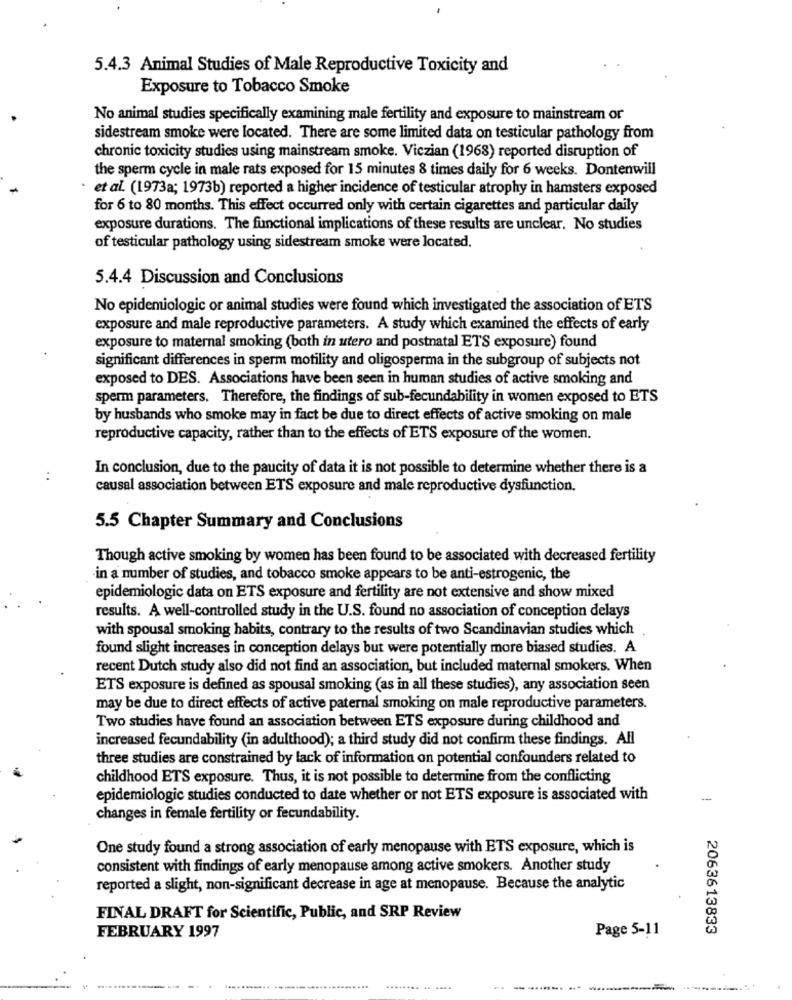
5.4.3 Animal Studies of Male Reproductive Toxicity and
Exposure to Tobacco Smoke
No animal studies specifically examining male fertility and exposure to mainstream or
sidestream smoke were located. There are some limited data on testicular pathology from
chronic toxicity studies using mainstream smoke. Viczian (1968) reported disruption of
the sperm cycle in male rats exposed for 15 minutes 8 times daily for 6 weeks. Dontenwill
et al. (1973a; 1973b) reported a higher incidence of testicular atrophy in hamsters exposed
for 6 to 80 months. This effect occurred only with certain cigarettes and particular daily
exposure durations. The functional implications of these results are unclear. No studies
of testicular pathology using sidestream smoke were located.
5.4.4 Discussion and Conclusions
No epidemiologic or animal studies were found which investigated the association of ETS
exposure and male reproductive parameters. A study which examined the effects of early
exposure to maternal smoking (both in utero and postnatal ETS exposure) found
significant differences in sperm motility and oligosperma in the subgroup of subjects not
exposed to DES. Associations have been seen in human studies of active smoking and
sperm parameters. Therefore, the findings of sub-fecundability in women exposed to ETS
by husbands who smoke may in fact be due to direct effects of active smoking on male
reproductive capacity, rather than to the effects of ETS exposure of the women.
In conclusion, due to the paucity of data it is not possible to determine whether there is a
..
causal association between ETS exposure and male reproductive dysfunction.
5.5 Chapter Summary and Conclusions
Though active smoking by women has been found to be associated with decreased fertility
in a number of studies, and tobacco smoke appears to be anti-estrogenic, the
epidemiologic data on ETS exposure and fertility are not extensive and show mixed
results. A well-controlled study in the U.S. found no association of conception delays
with spousal smoking habits, contrary to the results of two Scandinavian studies which
found slight increases in conception delays but were potentially more biased studies. A
recent Dutch study also did not find an association, but included maternal smokers. When
ETS exposure is defined as spousal smoking (as in all these studies), any association seen
may be due to direct effects of active paternal smoking on male reproductive parameters.
Two studies have found an association between ETS exposure during childhood and
increased fecundability (in adulthood); a third study did not confirm these findings. All
three studies are constrained by lack of information on potential confounders related to
childhood ETS exposure. Thus, it is not possible to determine from the conflicting
epidemiologic studies conducted to date whether or not ETS exposure is associated with
-
changes in female fertility or fecundability.
One study found a strong association of early menopause with ETS exposure, which is
consistent with findings of early menopause among active smokers. Another study
reported a slight, non-significant decrease in age at menopause. Because the analytic
FINAL DRAFT for Scientific, Public, and SRP Review
Page 5-11
2063613833
FEBRUARY 1997